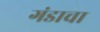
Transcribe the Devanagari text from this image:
गंडाचा